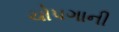
ચોપગાની